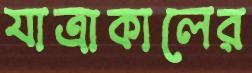
যাত্রাকালের